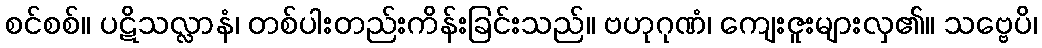
စင်စစ်။ ပဋိသလ္လာနံ၊ တစ်ပါးတည်းကိန်းခြင်းသည်။ ဗဟုဂုဏံ၊ ကျေးဇူးများလှ၏။ သဗ္ဗေပိ၊